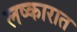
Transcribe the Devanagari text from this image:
लष्कारात